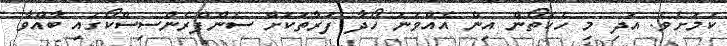
ކަމަށެވެ. އަދި މި ހެކެތޯން އިން އެއްވަނަ ހޯދާ ފަރާތަކަށް ސެންފްރެންސިސްކޯގައި ބާއްވާ